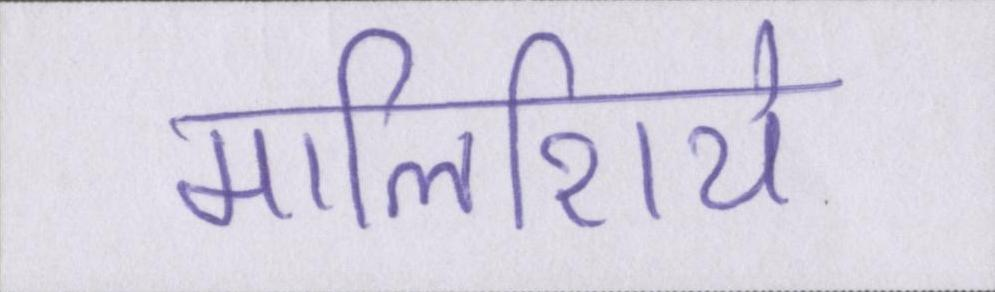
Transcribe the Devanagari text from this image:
मालिशिये